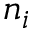
n _ { i }